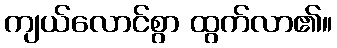
ကျယ်လောင်စွာ ထွက်လာ၏။